Madras plague regulations in force outside the Presidency town - Volume 3
Disease focus: Plague
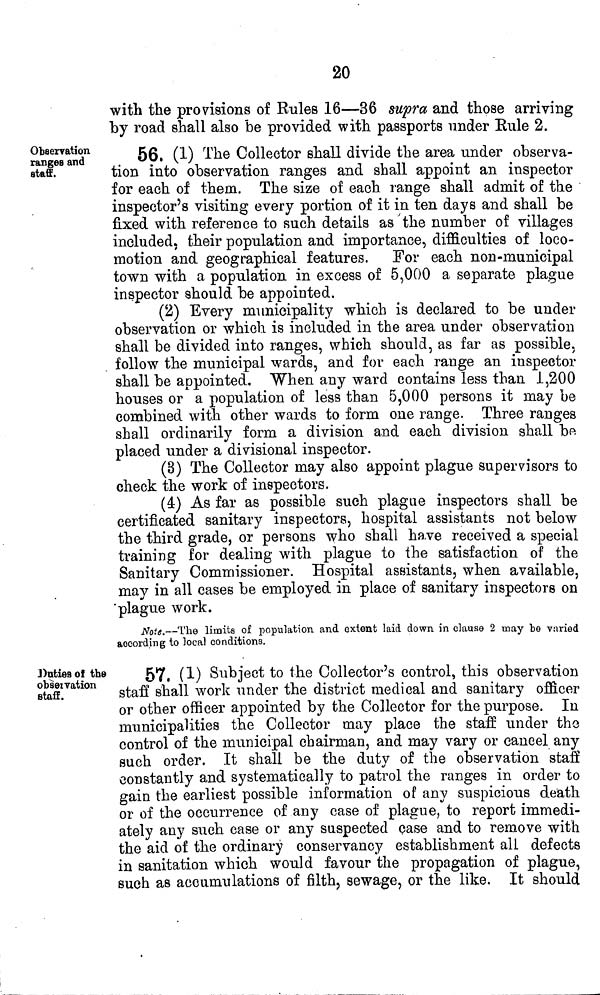
20
with the provisions of Rules 16—36 supra and those arriving
by road shall also be provided with passports under Rule 2.
Observation
ranges and
staff.
56. (1) The Collector shall divide the area under observa-
tion into observation ranges and shall appoint an inspector
for each of them. The size of each range shall admit of the
inspector's visiting every portion of it in ten days and shall be
fixed with reference to such details as the number of villages
included, their population and importance, difficulties of loco-
motion and geographical features. For each non-municipal
town with a population in excess of 5,000 a separate plague
inspector should be appointed.
(2) Every municipality which is declared to be under
observation or which is included in the area under observation
shall be divided into ranges, which should, as far as possible,
follow the municipal wards, and for each range an inspector
shall be appointed. When any ward contains less than 1,200
houses or a population of less than 5,000 persons it may be
combined with other wards to form one range. Three ranges
shall ordinarily form a division and each division shall be
placed under a divisional inspector.
(3) The Collector may also appoint plague supervisors to
check the work of inspectors.
(4) As far as possible such plague inspectors shall be
certificated sanitary inspectors, hospital assistants not below
the third grade, or persons who shall have received a special
training for dealing with plague to the satisfaction of the
Sanitary Commissioner. Hospital assistants, when available,
may in all cases be employed in place of sanitary inspectors on
plague work.
Note.—The limits of population and extent laid down in clause 2 may be varied
according to local conditions.
.Duties of the
observation
staff.
57. (1) Subject to the Collector's control, this observation
staff shall work under the district medical and sanitary officer
or other officer appointed by the Collector for the purpose. In
municipalities the Collector may place the staff under the
control of the municipal chairman, and may vary or cancel any
such order. It shall be the duty of the observation staff
constantly and systematically to patrol the ranges in order to
gain the earliest possible information of any suspicious death
or of the occurrence of any case of plague, to report immedi-
ately any such case or any suspected case and to remove with
the aid of the ordinary conservancy establishment all defects
in sanitation which would favour the propagation of plague,
such as accumulations of filth, sewage, or the like. It should